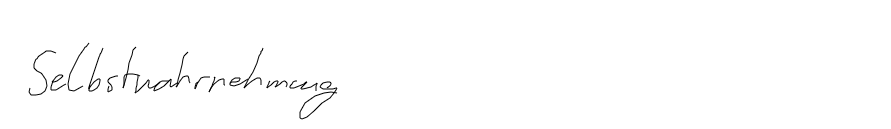
Selbstwahrnehmung